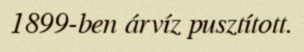
1899-ben árvíz pusztított.